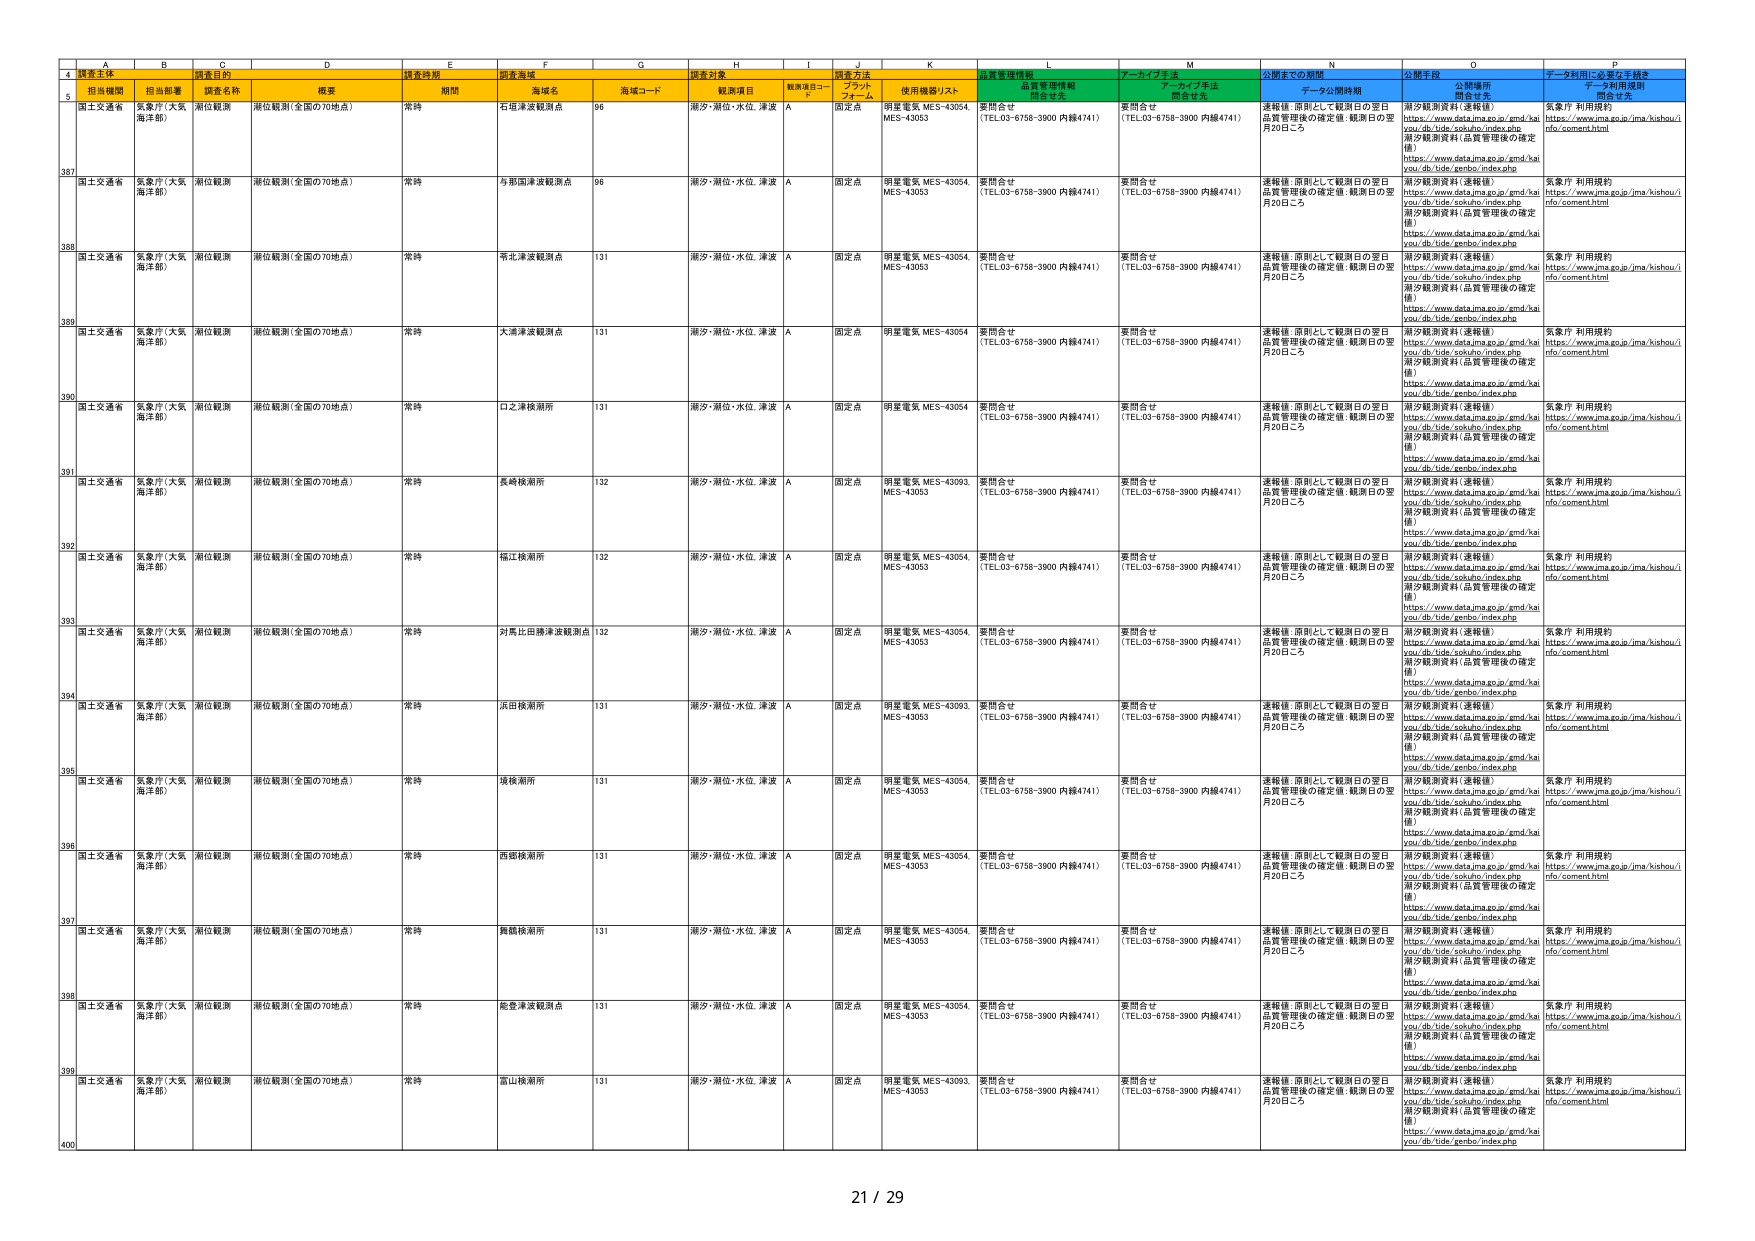
A   B   C   D   E   F   G   H   I   J   K   L   M   N   O   P
4   調査主体   調査目的   調査時期   調査海域   調査対象   調査方法   品質管理情報   アーカイブ手法   公開までの期間   公開手段   データ利用に必要な手続き
5   担当機関   担当部署   調査名称   概要   期間   海域名   海域コード   観測項目   観測項目コード   フラットフォーム   使用機器/リスト   問合せ先   問合せ先   データ公開時期   公開場所問合せ先   データ利用規約問合せ先
387   国土交通省   気象庁（大気海洋部）   潮位観測   潮位観測（全国の70地点）   常時   石狩津波観測点   96   潮汐・潮位・水位、津波   A   固定点   明星電気 MES-43054, MES-43053   要問合せ（TEL.03-6758-3900 内線4741）   要問合せ（TEL.03-6758-3900 内線4741）   連続値（原則として観測日の翌日品質管理後の確定値：観測日の翌月20日ごろ）   潮汐観測資料（速報値）https://www.data.jma.go.jp/gmd/haiyou/db/tide/sokuhyo/index.php潮汐観測資料（品質管理後の確定値）https://www.data.jma.go.jp/gmd/haiyou/db/tide/genbo/index.php   気象庁 利用規約https://www.jma.go.jp/jma/kishou/info/comment.html
388   国土交通省   気象庁（大気海洋部）   潮位観測   潮位観測（全国の70地点）   常時   与那国津波観測点   96   潮汐・潮位・水位、津波   A   固定点   明星電気 MES-43054, MES-43053   要問合せ（TEL.03-6758-3900 内線4741）   要問合せ（TEL.03-6758-3900 内線4741）   連続値（原則として観測日の翌日品質管理後の確定値：観測日の翌月20日ごろ）   潮汐観測資料（速報値）https://www.data.jma.go.jp/gmd/haiyou/db/tide/sokuhyo/index.php潮汐観測資料（品質管理後の確定値）https://www.data.jma.go.jp/gmd/haiyou/db/tide/genbo/index.php   気象庁 利用規約https://www.jma.go.jp/jma/kishou/info/comment.html
389   国土交通省   気象庁（大気海洋部）   潮位観測   潮位観測（全国の70地点）   常時   常北津波観測点   131   潮汐・潮位・水位、津波   A   固定点   明星電気 MES-43054, MES-43053   要問合せ（TEL.03-6758-3900 内線4741）   要問合せ（TEL.03-6758-3900 内線4741）   連続値（原則として観測日の翌日品質管理後の確定値：観測日の翌月20日ごろ）   潮汐観測資料（速報値）https://www.data.jma.go.jp/gmd/haiyou/db/tide/sokuhyo/index.php潮汐観測資料（品質管理後の確定値）https://www.data.jma.go.jp/gmd/haiyou/db/tide/genbo/index.php   気象庁 利用規約https://www.jma.go.jp/jma/kishou/info/comment.html
390   国土交通省   気象庁（大気海洋部）   潮位観測   潮位観測（全国の70地点）   常時   大浦津波観測点   131   潮汐・潮位・水位、津波   A   固定点   明星電気 MES-43054   要問合せ（TEL.03-6758-3900 内線4741）   要問合せ（TEL.03-6758-3900 内線4741）   連続値（原則として観測日の翌日品質管理後の確定値：観測日の翌月20日ごろ）   潮汐観測資料（速報値）https://www.data.jma.go.jp/gmd/haiyou/db/tide/sokuhyo/index.php潮汐観測資料（品質管理後の確定値）https://www.data.jma.go.jp/gmd/haiyou/db/tide/genbo/index.php   気象庁 利用規約https://www.jma.go.jp/jma/kishou/info/comment.html
391   国土交通省   気象庁（大気海洋部）   潮位観測   潮位観測（全国の70地点）   常時   口之津検潮所   131   潮汐・潮位・水位、津波   A   固定点   明星電気 MES-43054   要問合せ（TEL.03-6758-3900 内線4741）   要問合せ（TEL.03-6758-3900 内線4741）   連続値（原則として観測日の翌日品質管理後の確定値：観測日の翌月20日ごろ）   潮汐観測資料（速報値）https://www.data.jma.go.jp/gmd/haiyou/db/tide/sokuhyo/index.php潮汐観測資料（品質管理後の確定値）https://www.data.jma.go.jp/gmd/haiyou/db/tide/genbo/index.php   気象庁 利用規約https://www.jma.go.jp/jma/kishou/info/comment.html
392   国土交通省   気象庁（大気海洋部）   潮位観測   潮位観測（全国の70地点）   常時   長崎検潮所   132   潮汐・潮位・水位、津波   A   固定点   明星電気 MES-43093, MES-43053   要問合せ（TEL.03-6758-3900 内線4741）   要問合せ（TEL.03-6758-3900 内線4741）   連続値（原則として観測日の翌日品質管理後の確定値：観測日の翌月20日ごろ）   潮汐観測資料（速報値）https://www.data.jma.go.jp/gmd/haiyou/db/tide/sokuhyo/index.php潮汐観測資料（品質管理後の確定値）https://www.data.jma.go.jp/gmd/haiyou/db/tide/genbo/index.php   気象庁 利用規約https://www.jma.go.jp/jma/kishou/info/comment.html
393   国土交通省   気象庁（大気海洋部）   潮位観測   潮位観測（全国の70地点）   常時   福江検潮所   132   潮汐・潮位・水位、津波   A   固定点   明星電気 MES-43054, MES-43053   要問合せ（TEL.03-6758-3900 内線4741）   要問合せ（TEL.03-6758-3900 内線4741）   連続値（原則として観測日の翌日品質管理後の確定値：観測日の翌月20日ごろ）   潮汐観測資料（速報値）https://www.data.jma.go.jp/gmd/haiyou/db/tide/sokuhyo/index.php潮汐観測資料（品質管理後の確定値）https://www.data.jma.go.jp/gmd/haiyou/db/tide/genbo/index.php   気象庁 利用規約https://www.jma.go.jp/jma/kishou/info/comment.html
394   国土交通省   気象庁（大気海洋部）   潮位観測   潮位観測（全国の70地点）   常時   対馬北田勝津波観測点   132   潮汐・潮位・水位、津波   A   固定点   明星電気 MES-43054, MES-43053   要問合せ（TEL.03-6758-3900 内線4741）   要問合せ（TEL.03-6758-3900 内線4741）   連続値（原則として観測日の翌日品質管理後の確定値：観測日の翌月20日ごろ）   潮汐観測資料（速報値）https://www.data.jma.go.jp/gmd/haiyou/db/tide/sokuhyo/index.php潮汐観測資料（品質管理後の確定値）https://www.data.jma.go.jp/gmd/haiyou/db/tide/genbo/index.php   気象庁 利用規約https://www.jma.go.jp/jma/kishou/info/comment.html
395   国土交通省   気象庁（大気海洋部）   潮位観測   潮位観測（全国の70地点）   常時   浜田検潮所   131   潮汐・潮位・水位、津波   A   固定点   明星電気 MES-43093, MES-43053   要問合せ（TEL.03-6758-3900 内線4741）   要問合せ（TEL.03-6758-3900 内線4741）   連続値（原則として観測日の翌日品質管理後の確定値：観測日の翌月20日ごろ）   潮汐観測資料（速報値）https://www.data.jma.go.jp/gmd/haiyou/db/tide/sokuhyo/index.php潮汐観測資料（品質管理後の確定値）https://www.data.jma.go.jp/gmd/haiyou/db/tide/genbo/index.php   気象庁 利用規約https://www.jma.go.jp/jma/kishou/info/comment.html
396   国土交通省   気象庁（大気海洋部）   潮位観測   潮位観測（全国の70地点）   常時   長狭潮所   131   潮汐・潮位・水位、津波   A   固定点   明星電気 MES-43054, MES-43053   要問合せ（TEL.03-6758-3900 内線4741）   要問合せ（TEL.03-6758-3900 内線4741）   連続値（原則として観測日の翌日品質管理後の確定値：観測日の翌月20日ごろ）   潮汐観測資料（速報値）https://www.data.jma.go.jp/gmd/haiyou/db/tide/sokuhyo/index.php潮汐観測資料（品質管理後の確定値）https://www.data.jma.go.jp/gmd/haiyou/db/tide/genbo/index.php   気象庁 利用規約https://www.jma.go.jp/jma/kishou/info/comment.html
397   国土交通省   気象庁（大気海洋部）   潮位観測   潮位観測（全国の70地点）   常時   西郷検潮所   131   潮汐・潮位・水位、津波   A   固定点   明星電気 MES-43054, MES-43053   要問合せ（TEL.03-6758-3900 内線4741）   要問合せ（TEL.03-6758-3900 内線4741）   連続値（原則として観測日の翌日品質管理後の確定値：観測日の翌月20日ごろ）   潮汐観測資料（速報値）https://www.data.jma.go.jp/gmd/haiyou/db/tide/sokuhyo/index.php潮汐観測資料（品質管理後の確定値）https://www.data.jma.go.jp/gmd/haiyou/db/tide/genbo/index.php   気象庁 利用規約https://www.jma.go.jp/jma/kishou/info/comment.html
398   国土交通省   気象庁（大気海洋部）   潮位観測   潮位観測（全国の70地点）   常時   舞鶴検潮所   131   潮汐・潮位・水位、津波   A   固定点   明星電気 MES-43054, MES-43053   要問合せ（TEL.03-6758-3900 内線4741）   要問合せ（TEL.03-6758-3900 内線4741）   連続値（原則として観測日の翌日品質管理後の確定値：観測日の翌月20日ごろ）   潮汐観測資料（速報値）https://www.data.jma.go.jp/gmd/haiyou/db/tide/sokuhyo/index.php潮汐観測資料（品質管理後の確定値）https://www.data.jma.go.jp/gmd/haiyou/db/tide/genbo/index.php   気象庁 利用規約https://www.jma.go.jp/jma/kishou/info/comment.html
399   国土交通省   気象庁（大気海洋部）   潮位観測   潮位観測（全国の70地点）   常時   能登津波観測点   131   潮汐・潮位・水位、津波   A   固定点   明星電気 MES-43054, MES-43053   要問合せ（TEL.03-6758-3900 内線4741）   要問合せ（TEL.03-6758-3900 内線4741）   連続値（原則として観測日の翌日品質管理後の確定値：観測日の翌月20日ごろ）   潮汐観測資料（速報値）https://www.data.jma.go.jp/gmd/haiyou/db/tide/sokuhyo/index.php潮汐観測資料（品質管理後の確定値）https://www.data.jma.go.jp/gmd/haiyou/db/tide/genbo/index.php   気象庁 利用規約https://www.jma.go.jp/jma/kishou/info/comment.html
400   国土交通省   気象庁（大気海洋部）   潮位観測   潮位観測（全国の70地点）   常時   富山検潮所   131   潮汐・潮位・水位、津波   A   固定点   明星電気 MES-43093, MES-43053   要問合せ（TEL.03-6758-3900 内線4741）   要問合せ（TEL.03-6758-3900 内線4741）   連続値（原則として観測日の翌日品質管理後の確定値：観測日の翌月20日ごろ）   潮汐観測資料（速報値）https://www.data.jma.go.jp/gmd/haiyou/db/tide/sokuhyo/index.php潮汐観測資料（品質管理後の確定値）https://www.data.jma.go.jp/gmd/haiyou/db/tide/genbo/index.php   気象庁 利用規約https://www.jma.go.jp/jma/kishou/info/comment.html
21 / 29